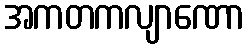
အကတကလျာဏော